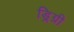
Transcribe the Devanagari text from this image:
ड्रिग्री